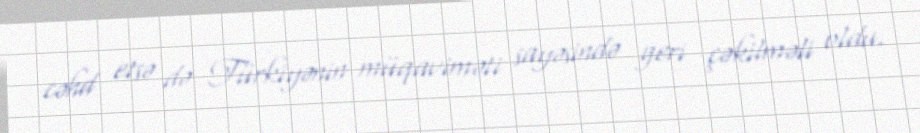
cəhd etsə də Türkiyənin müqaviməti sayəsində geri çəkilməli oldu.